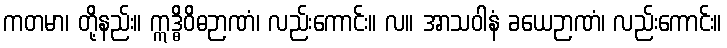
ကတမာ၊ တို့နည်း။ ဣဒ္ဓိဝိဓဉာဏံ၊ လည်းကောင်း။ လ။ အာသဝါနံ ခယေဉာဏံ၊ လည်းကောင်း။